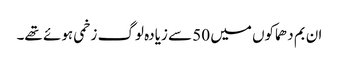
ان بم دھماکوں میں 50 سے زیادہ لوگ زخمی ہوئے تھے۔